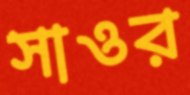
সাওর